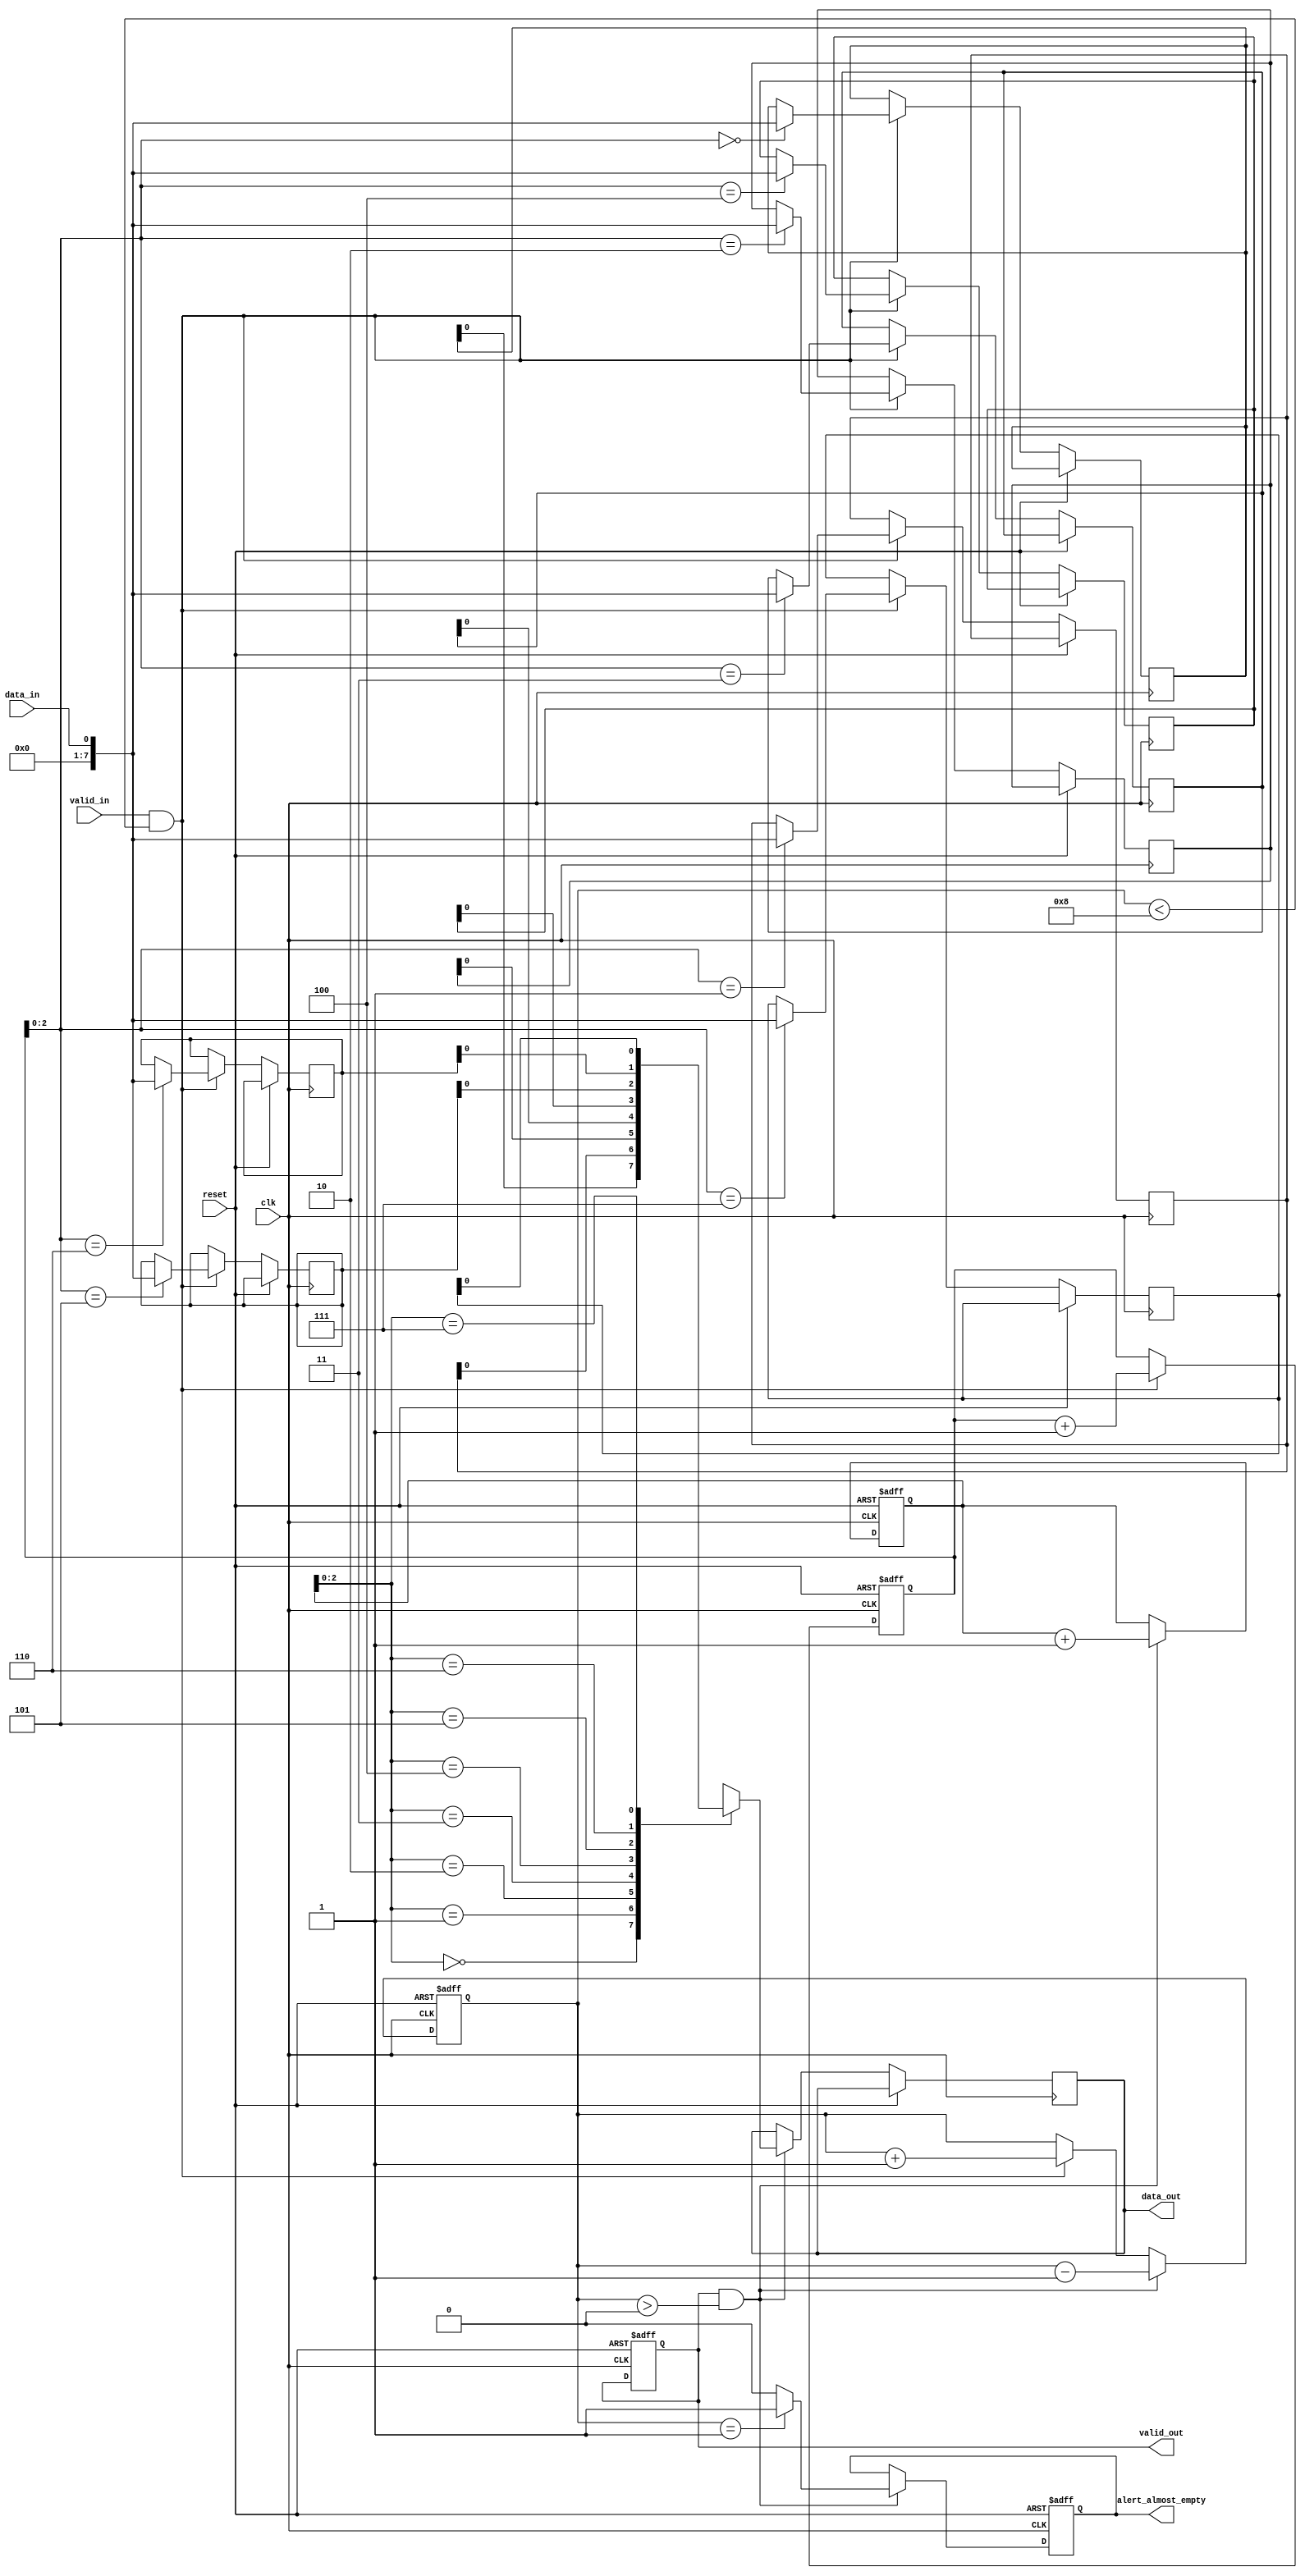
module almost_empty_fifo (
  input wire clk,
  input wire reset,
  input wire data_in,
  input wire valid_in,
  output reg data_out,
  output reg valid_out,
  output reg alert_almost_empty
);

reg [7:0] buffer [0:7];
reg [7:0] read_ptr;
reg [7:0] write_ptr;
reg [2:0] count;

always @(posedge clk or posedge reset) begin
  if (reset) begin
    read_ptr <= 0;
    write_ptr <= 0;
    count <= 0;
    valid_out <= 0;
    alert_almost_empty <= 0;
  end else begin
    if (valid_in && count < 8) begin
      buffer[write_ptr] <= data_in;
      write_ptr <= write_ptr + 1;
      count <= count + 1;
    end
    if (valid_out && count > 0) begin
      data_out <= buffer[read_ptr];
      read_ptr <= read_ptr + 1;
      count <= count - 1;
      if (count == 1) begin
        alert_almost_empty <= 1;
      end else begin
        alert_almost_empty <= 0;
      end
    end
  end
end

endmodule